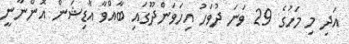
އަދި މި މަހުގެ 29 ވަނަ ދުވަހު އިހަވަންދޫގައި ބާއްވާ އޮޑިޝަން އޮންނާނީ